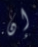
إن